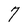
Character: 7